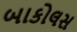
બાકોલસ